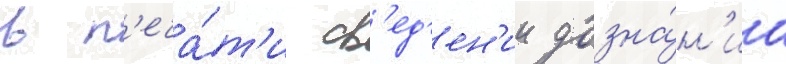
в п'еча́т'и св'ед'ен'ии дозна́н'иа